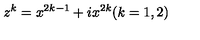
z ^ { k } = x ^ { 2 k - 1 } + i x ^ { 2 k } ( k = 1 , 2 )